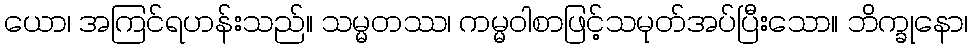
ယော၊ အကြင်ရဟန်းသည်။ သမ္မတဿ၊ ကမ္မဝါစာဖြင့်သမုတ်အပ်ပြီးသော။ ဘိက္ခုနော၊